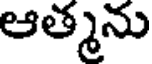
ఆత్మను